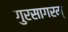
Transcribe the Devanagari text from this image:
गुरसागरम्